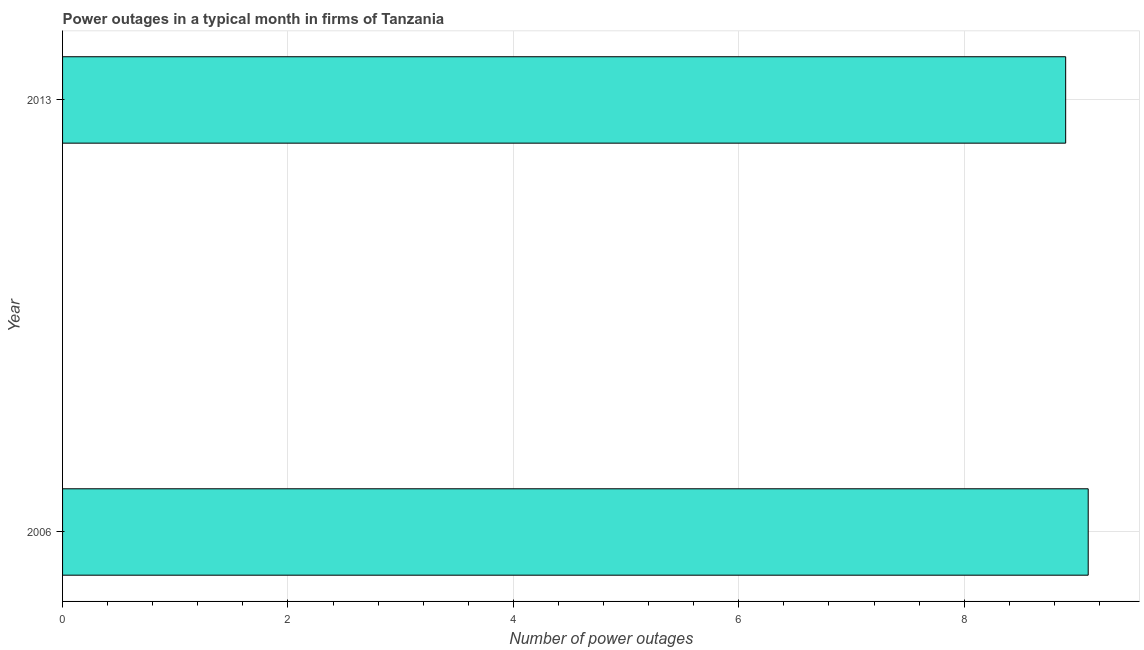
| Year | Power outages |
 | --- | --- |
 | 2006 | 9.1 |
 | 2013 | 8.9 |